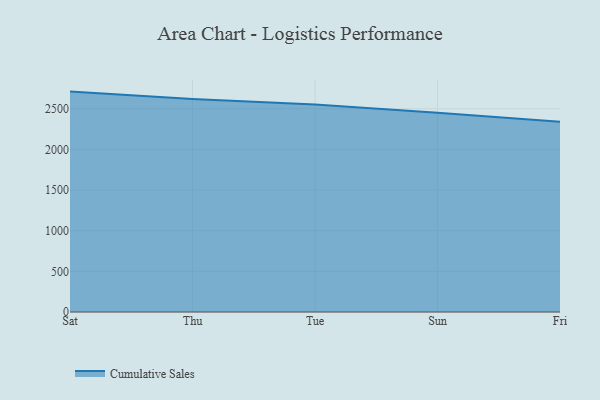
{"axis": {"x": "Day", "y": "Waste Production (Tons)"}, "legend": ["Cumulative Sales"], "data": [{"x": "Sat", "y": 2711.4, "type": "Cumulative Sales"}, {"x": "Thu", "y": 2618.9, "type": "Cumulative Sales"}, {"x": "Tue", "y": 2551.2, "type": "Cumulative Sales"}, {"x": "Sun", "y": 2451.0, "type": "Cumulative Sales"}, {"x": "Fri", "y": 2341.1, "type": "Cumulative Sales"}]}